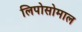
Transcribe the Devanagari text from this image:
लिपोसोमाल